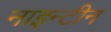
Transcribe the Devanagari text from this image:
नाइन्टीन